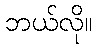
ဘယ်လို။